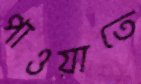
পাওয়াতে